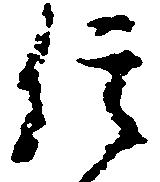
信